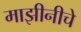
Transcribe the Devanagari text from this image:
माझीनीचे